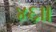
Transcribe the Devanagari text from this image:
४६।।